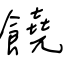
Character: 饒